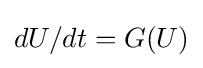
dU/dt=G(U)